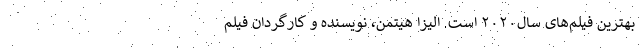
بهترین فیلم‌های سال۲۰۲۰ است. الیزا هیتمن، نویسنده و کارگردان فیلم